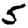
Digit: 5